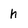
Character: h